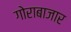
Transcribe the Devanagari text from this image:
गोराबाजार